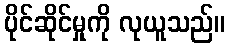
ပိုင်ဆိုင်မှုကို လုယူသည်။